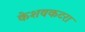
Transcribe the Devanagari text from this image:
केशवकटरा